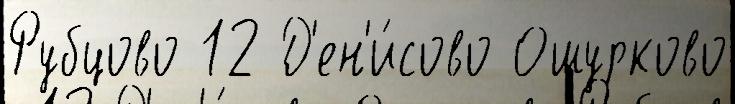
Рубцово 12 Д'ен'и́сово Ошурково